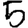
Digit: 5